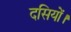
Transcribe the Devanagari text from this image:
दसियों।